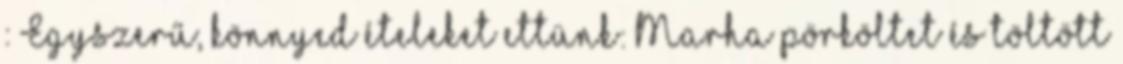
: Egyszerű, könnyed ételeket ettünk: Marha pörköltet és töltött